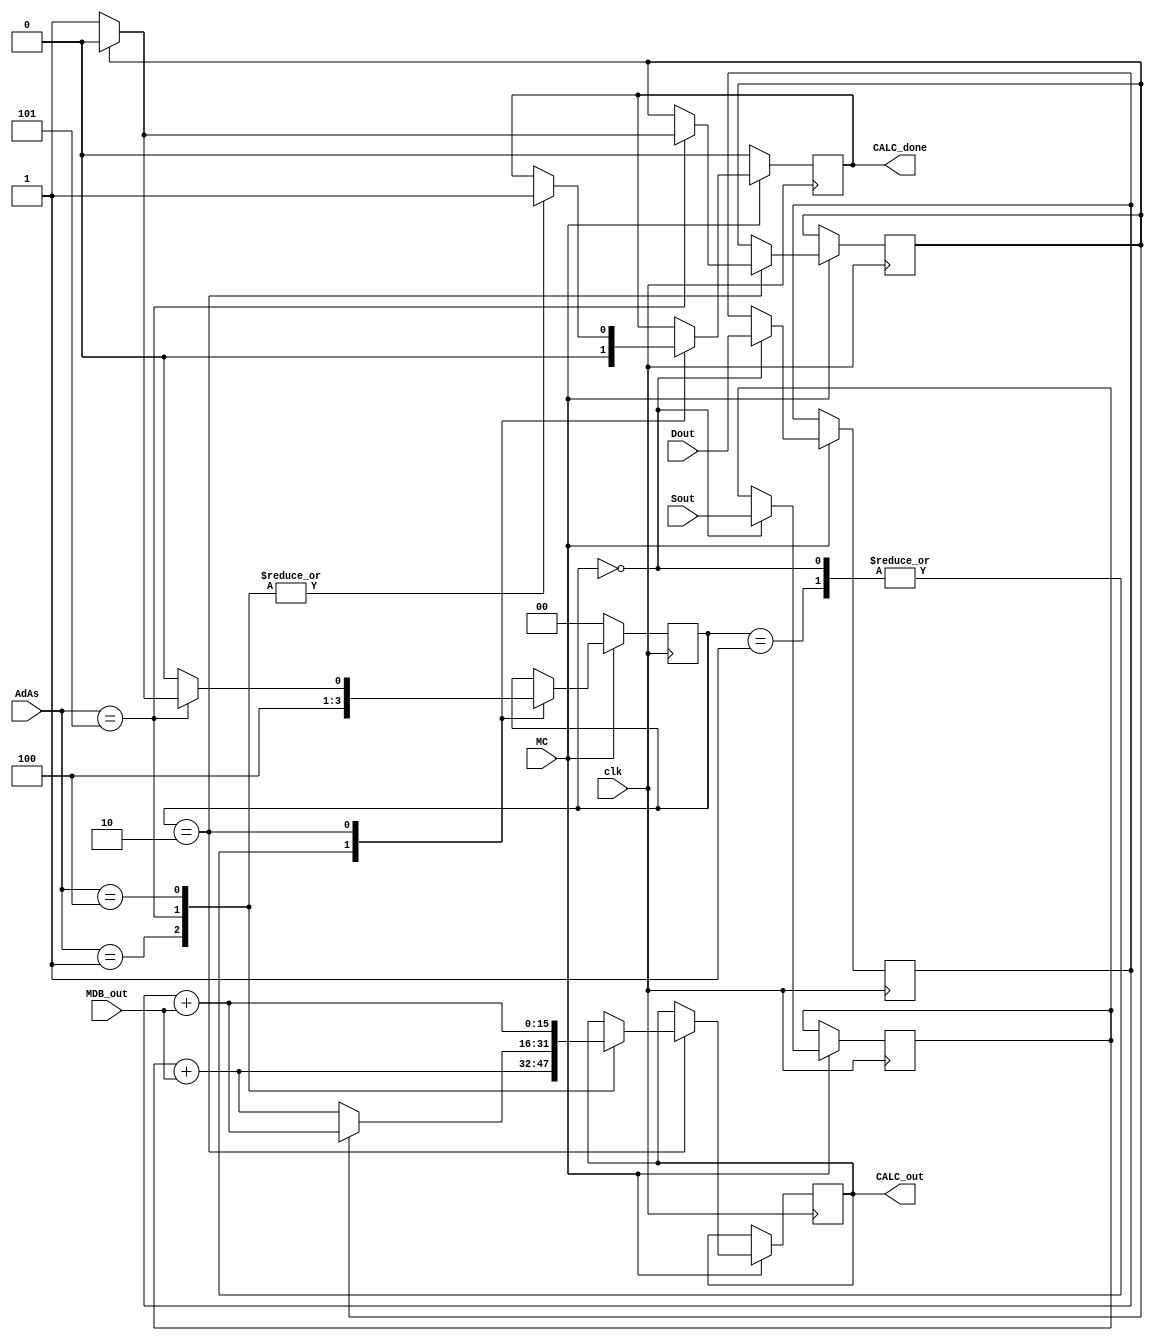
module calc
  (input             clk,
   input [2:0]       AdAs,
   input             MC,
   input [15:0]      MDB_out,
   input [15:0]      Sout, Dout,
   output reg [15:0] CALC_out,
   output reg        CALC_done);

   reg [1:0]         state;
   reg [15:0]        Sout_last, Dout_last, MDB_last;
   reg               ignore;
   

   localparam
     state_IDLE = 0, state_WAIT = 1, state_CALC = 2;

   initial
     begin
        CALC_out   <= 0;
        CALC_done <= 0;
        MDB_last <= 0;
        Sout_last  <= 0;
        Dout_last  <= 0;
        state      <= 0;
        ignore <= 0;
     end  

   // Latches
   always @ (posedge clk)
     begin
        if (~MC)
          begin
             state <= state_IDLE;
             CALC_out <= CALC_out;
             CALC_done <= 0;
          end

        else
          begin
             case (state)
               state_IDLE:
                 begin
                    // Latch until ready
                    CALC_out <= CALC_out;
                    CALC_done <= 0;
                    if (MC)
                      begin
                         state <= state_CALC;
                         Sout_last <= Sout;
                         Dout_last <= Dout;
                         MDB_last  <= MDB_out;
                      end  
                 end  
               state_WAIT:
                 begin
                    CALC_out <= CALC_out;
                    CALC_done <= 0;
                    state <= state_CALC;
                 end
               state_CALC:
                 begin
                    case (AdAs)
                      // Indexed/Symbolic/Absolute (SA)
                      3'b001:
                        begin
                           CALC_out <= Sout_last + MDB_out;
                           CALC_done <= 1;
                           state <= state_IDLE;               
                        end

                      // Indexed (SA and DA)
                      3'b101:
                        begin
                           if (~ignore)
                             begin
                                CALC_out <= Sout_last + MDB_out;
                                CALC_done <= 1;
                                ignore <= 1;
                                state <= state_WAIT;
                             end
                           else
                             begin
                                CALC_out <= Dout_last + MDB_out;
                                CALC_done <= 1;
                                ignore <= 0;
                                state <= state_IDLE;
                             end  
                        end  

                      // Inpdexed (DA)
                      3'b100:
                        begin
                           CALC_out <= Dout_last + MDB_out;
                           CALC_done <= 1;
                           state <= state_IDLE;
                        end
                      
                      // Latch otherwise
                      default:
                        begin
                           CALC_out <= CALC_out;
                           state <= state_IDLE;
                        end  

                    endcase // casex (AdAs)
                 end // case: state_CALC
               
               default: CALC_out <= CALC_out;
             endcase // case (state)
          end // else: !if(~MC)
     end // always @ (posedge clk)
   

endmodule